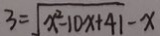
3 = \sqrt { x ^ { 2 } - 1 0 x + 4 1 } - x